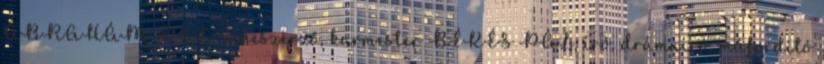
ÁBRAHÁM PÁL, zeneszerző, karmester BÉKÉS PÁL, író, drámaíró, műfordító